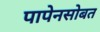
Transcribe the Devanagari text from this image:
पापेनसोबत